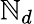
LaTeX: \mathbb{N}_{d}